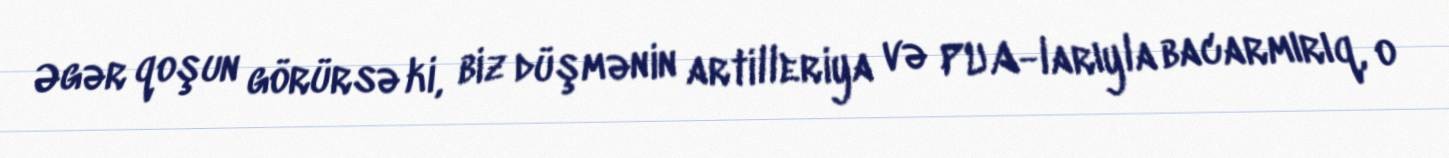
Əgər qoşun görürsə ki, biz düşmənin artilleriya və PUA-larıyla bacarmırıq, o